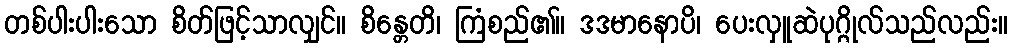
တစ်ပါးပါးသော စိတ်ဖြင့်သာလျှင်။ စိန္တေတိ၊ ကြံစည်၏။ ဒဒမာနောပိ၊ ပေးလှူဆဲပုဂ္ဂိုလ်သည်လည်း။